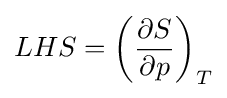
LHS=\left({\partial S \over \partial p}\right)_{T}